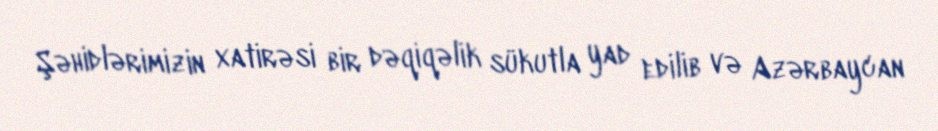
Şəhidlərimizin xatirəsi bir dəqiqəlik sükutla yad edilib və Azərbaycan